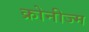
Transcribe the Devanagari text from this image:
क्रोनीज्म